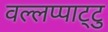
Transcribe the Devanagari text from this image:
वल्लप्पाट्टु